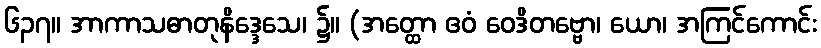
၆၃၇။ အာကာသဓာတုနိဒ္ဒေသေ၊ ၌။ (အတ္ထော ဧဝံ ဝေဒိတဗ္ဗော၊ ယော၊ အကြင်ကောင်း